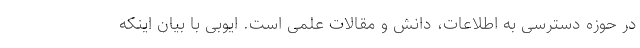
در حوزه دسترسی به اطلاعات، دانش و مقالات علمی است. ایوبی با بیان اینکه